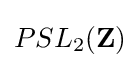
PSL_{2}(\mathbf {Z} )